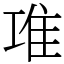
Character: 𨾊